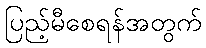
ပြည့်မီစေရန်အတွက်